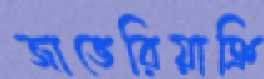
জাভেরিয়াক্রি